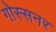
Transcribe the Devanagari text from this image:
गोस्सनर